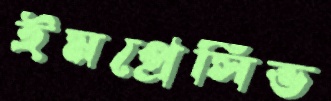
ইমপ্রেসিভ